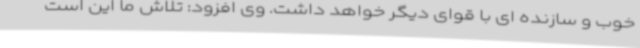
خوب و سازنده ای با قوای دیگر خواهد داشت. وی افزود: تلاش ما این است